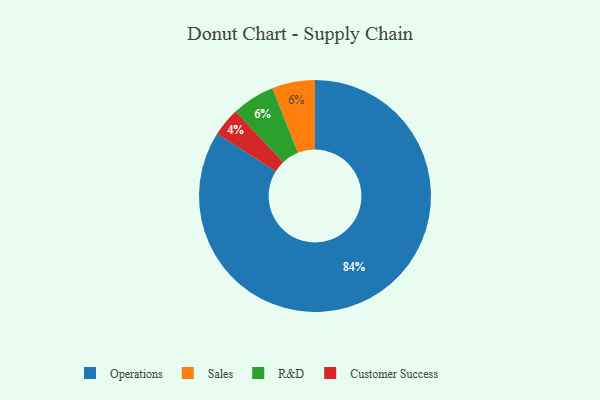
{"axis": {"x": "Category", "y": "Percentage"}, "legend": ["Customer Success", "Operations", "R&D", "Sales"], "data": [{"x": "Customer Success", "y": 4, "type": "Customer Success"}, {"x": "Operations", "y": 84, "type": "Operations"}, {"x": "Sales", "y": 6, "type": "Sales"}, {"x": "R&D", "y": 6, "type": "R&D"}]}